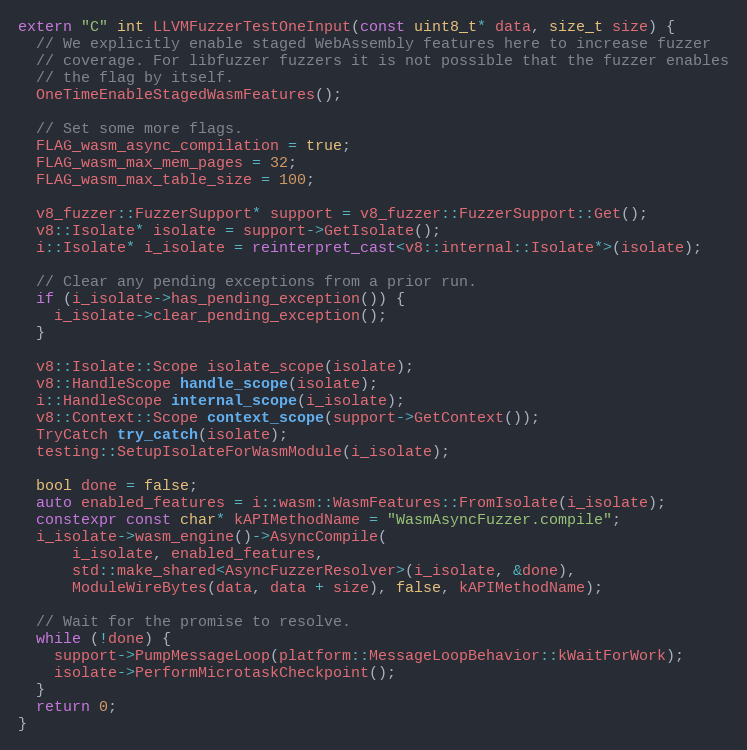
Language: C++
extern "C" int LLVMFuzzerTestOneInput(const uint8_t* data, size_t size) {
  // We explicitly enable staged WebAssembly features here to increase fuzzer
  // coverage. For libfuzzer fuzzers it is not possible that the fuzzer enables
  // the flag by itself.
  OneTimeEnableStagedWasmFeatures();

  // Set some more flags.
  FLAG_wasm_async_compilation = true;
  FLAG_wasm_max_mem_pages = 32;
  FLAG_wasm_max_table_size = 100;

  v8_fuzzer::FuzzerSupport* support = v8_fuzzer::FuzzerSupport::Get();
  v8::Isolate* isolate = support->GetIsolate();
  i::Isolate* i_isolate = reinterpret_cast<v8::internal::Isolate*>(isolate);

  // Clear any pending exceptions from a prior run.
  if (i_isolate->has_pending_exception()) {
    i_isolate->clear_pending_exception();
  }

  v8::Isolate::Scope isolate_scope(isolate);
  v8::HandleScope handle_scope(isolate);
  i::HandleScope internal_scope(i_isolate);
  v8::Context::Scope context_scope(support->GetContext());
  TryCatch try_catch(isolate);
  testing::SetupIsolateForWasmModule(i_isolate);

  bool done = false;
  auto enabled_features = i::wasm::WasmFeatures::FromIsolate(i_isolate);
  constexpr const char* kAPIMethodName = "WasmAsyncFuzzer.compile";
  i_isolate->wasm_engine()->AsyncCompile(
      i_isolate, enabled_features,
      std::make_shared<AsyncFuzzerResolver>(i_isolate, &done),
      ModuleWireBytes(data, data + size), false, kAPIMethodName);

  // Wait for the promise to resolve.
  while (!done) {
    support->PumpMessageLoop(platform::MessageLoopBehavior::kWaitForWork);
    isolate->PerformMicrotaskCheckpoint();
  }
  return 0;
}